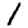
Digit: 1